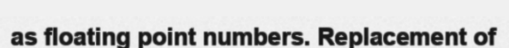
as floating point numbers. Replacement of